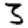
Digit: 3